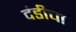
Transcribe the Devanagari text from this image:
दंडीचा